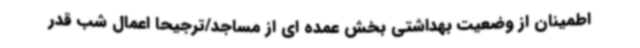
اطمینان از وضعیت بهداشتی بخش عمده ای از مساجد/ترجیحا اعمال شب قدر